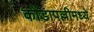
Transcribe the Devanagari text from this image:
कोंडापल्लीमध्ये